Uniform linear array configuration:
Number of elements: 16
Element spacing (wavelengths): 0.25
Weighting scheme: cosine
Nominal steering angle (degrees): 60
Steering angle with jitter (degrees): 61.422
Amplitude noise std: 0.05
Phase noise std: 0.05

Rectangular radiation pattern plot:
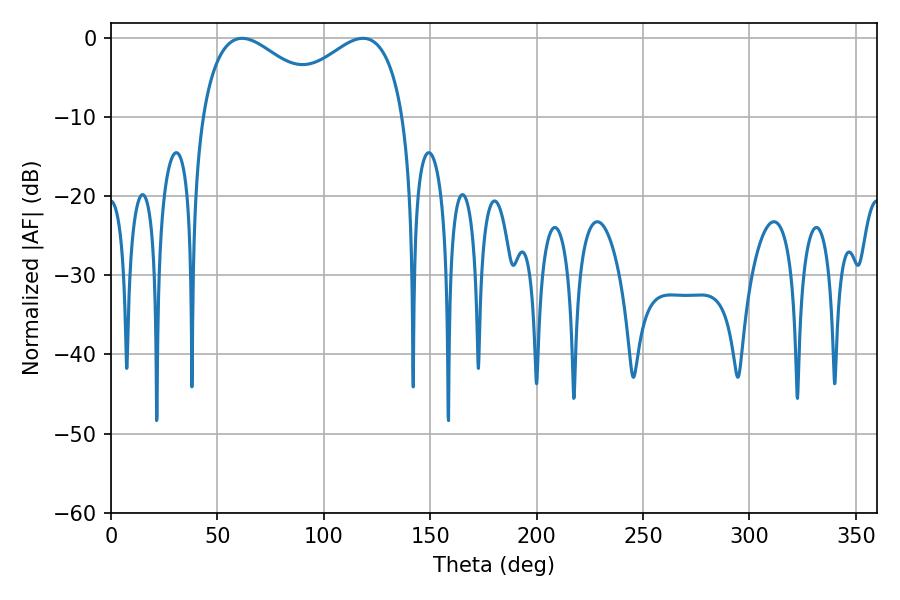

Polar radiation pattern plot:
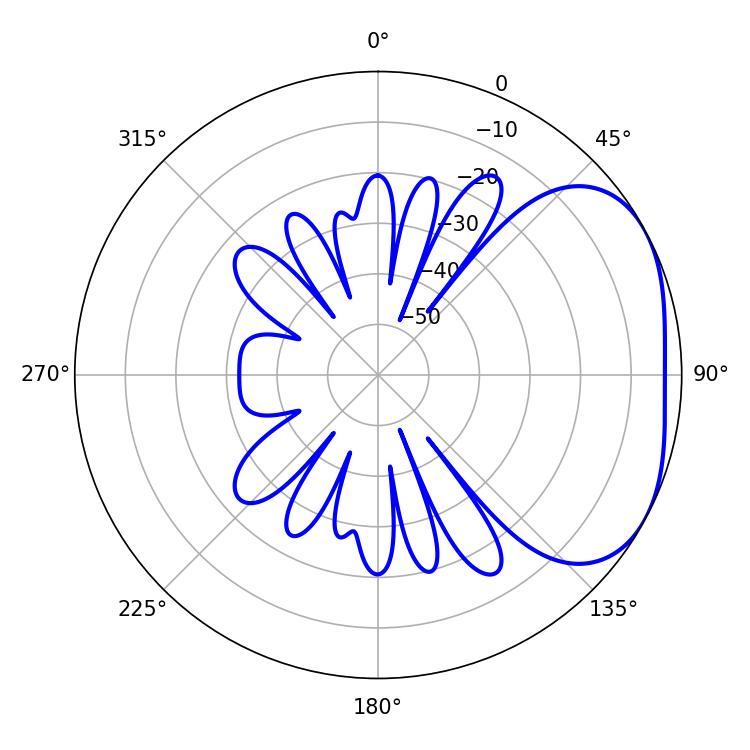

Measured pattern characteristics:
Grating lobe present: FALSE
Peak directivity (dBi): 3.048
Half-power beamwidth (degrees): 33.84
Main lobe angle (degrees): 61.56